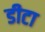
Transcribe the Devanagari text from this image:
डीटा